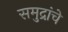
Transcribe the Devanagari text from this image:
समुद्रांचे